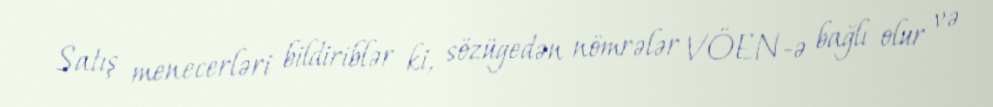
Satış menecerləri bildiriblər ki, sözügedən nömrələr VÖEN-ə bağlı olur və